Report on the metropolitan horse fairs and district horse shows of 1892-93 - 1892-1893
Year: 1892
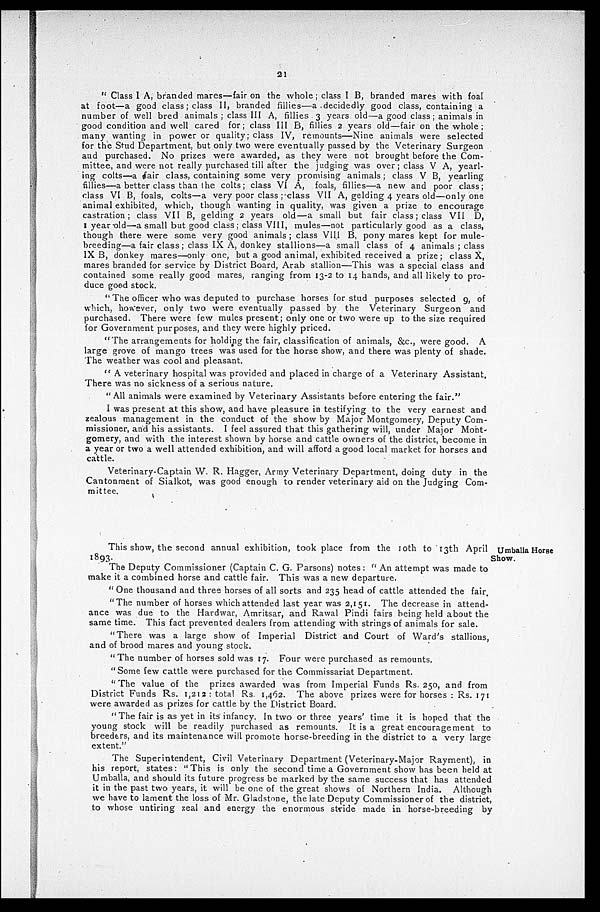
21
"Class I A, branded mares—fair on the whole; class I B, branded mares with foal
at foot—a good class; class II, branded fillies—a decidedly good class, containing a
number of well bred animals; class III A, fillies 3 years old—a good class; animals in
good condition and well cared for; class III B, fillies 2 years old—fair on the whole;
many wanting in power or quality; class IV, remounts—Nine animals were selected
for the Stud Department, but only two were eventually passed by the Veterinary Surgeon
and purchased. No prizes were awarded, as they were not brought before the Com-
mittee, and were not really purchased till after the judging was over; class V A, yearl-
ing colts—a fair class, containing some very promising animals; class V B, yearling
fillies—a better class than the colts; class VI A, foals, fillies—a new and poor class;
class VI B, foals, colts—a very poor class; class VII A, gelding 4 years old—only one
animal exhibited, which, though wanting in quality, was given a prize to encourage
castration; class VII B, gelding 2 years old—a small but fair class; class VII D,
1 year old—a small but good class; class VIII, mules—not particularly good as a class,
though there were some very good animals; class VIII B, pony mares kept for mule-
breeding—a fair class; class IX A, donkey stallions—a small class of 4 animals; class
IX B, donkey mares—only one, but a good animal, exhibited received a prize; class X,
mares branded for service by District Board, Arab stallion—This was a special class and
contained some really good mares, ranging from 13-2 to 14 hands, and all likely to pro-
duce good stock.
"The officer who was deputed to purchase horses for stud purposes selected 9, of
which, however, only two were eventually passed by the Veterinary Surgeon and
purchased. There were few mules present; only one or two were up to the size required
for Government purposes, and they were highly priced.
"The arrangements for holding the fair, classification of animals, &c., were good. A
large grove of mango trees was used for the horse show, and there was plenty of shade.
The weather was cool and pleasant.
"A veterinary hospital was provided and placed in charge of a Veterinary Assistant.
There was no sickness of a serious nature.
"All animals were examined by Veterinary Assistants before entering the fair."
I was present at this show, and have pleasure in testifying to the very earnest and
zealous management in the conduct of the show by Major Montgomery, Deputy Com-
missioner, and his assistants. I feel assured that this gathering will, under Major Mont-
gomery, and with the interest shown by horse and cattle owners of the district, become in
a year or two a well attended exhibition, and will afford a good local market for horses and
cattle.
Veterinary-Captain W. R. Hagger, Army Veterinary Department, doing duty in the
Cantonment of Sialkot, was good enough to render veterinary aid on the Judging Com-
mittee.
Umballa Horse
Show.
This show, the second annual exhibition, took place from the 10th to 13th April
1893.
The Deputy Commissioner (Captain C. G. Parsons) notes: "An attempt was made to
make it a combined horse and cattle fair. This was a new departure.
"One thousand and three horses of all sorts and 235 head of cattle attended the fair.
"The number of horses which attended last year was 2,151. The decrease in attend-
ance was due to the Hardwar, Amritsar, and Rawal Pindi fairs being held about the
same time. This fact prevented dealers from attending with strings of animals for sale.
"There was a large show of Imperial District and Court of Ward's stallions,
and of brood mares and young stock.
"The number of horses sold was 17. Four were purchased as remounts.
"Some few cattle were purchased for the Commissariat Department.
"The value of the prizes awarded was from Imperial Funds Rs. 250, and from
District Funds Rs. 1,212: total Rs. 1,462. The above prizes were for horses: Rs. 171
were awarded as prizes for cattle by the District Board.
"The fair is as yet in its infancy. In two or three years' time it is hoped that the
young stock will be readily purchased as remounts. It is a great encouragement to
breeders, and its maintenance will promote horse-breeding in the district to a very large
extent."
The Superintendent, Civil Veterinary Department (Veterinary-Major Rayment), in
his report, states: "This is only the second time a Government show has been held at
Umballa, and should its future progress be marked by the same success that has attended
it in the past two years, it will be one of the great shows of Northern India. Although
we have to lament the loss of Mr. Gladstone, the late Deputy Commissioner of the district,
to whose untiring zeal and energy the enormous stride made in horse-breeding by